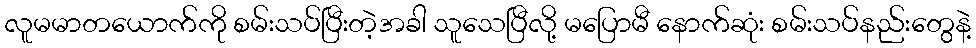
လူမမာတယောက်ကို စမ်းသပ်ပြီးတဲ့အခါ သူသေပြီလို့ မပြောမီ နောက်ဆုံး စမ်းသပ်နည်းတွေနဲ့